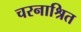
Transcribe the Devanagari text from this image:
चरनाश्रित